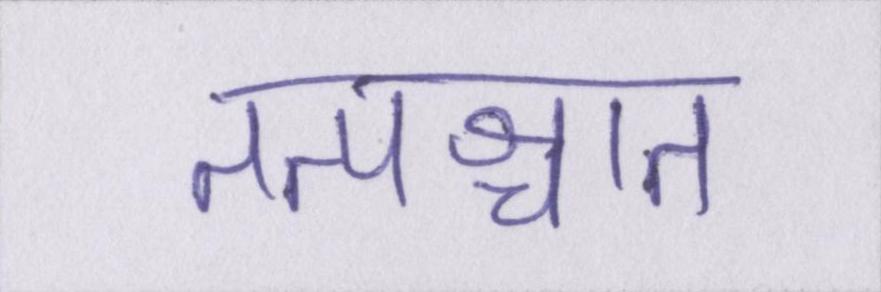
तत्पश्चात